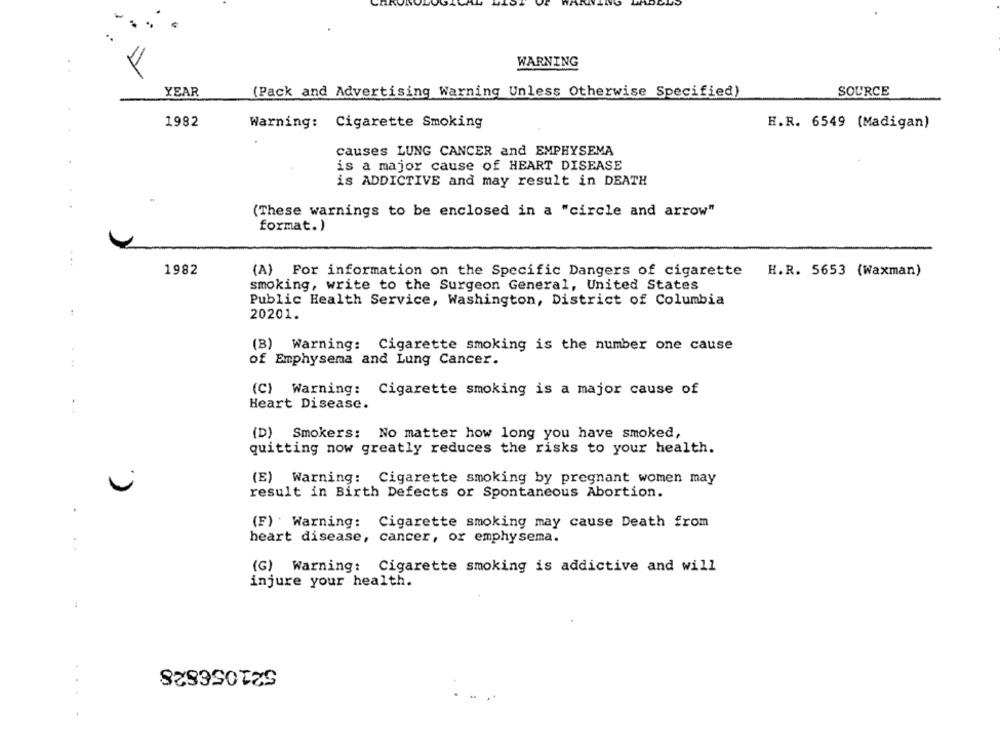
WARNING
YEAR
(Pack and Advertising Warning Unless Otherwise Specified)
SOURCE
1982
Warning: Cigarette Smoking
H.R. 6549 (Madigan)
causes LUNG CANCER and EMPHYSEMA
.
is a major cause of HEART DISEASE
is ADDICTIVE and may result in DEATH
(These warnings to be enclosed in a "circle and arrow"
format.)
1982
(A) For information on the Specific Dangers of cigarette
H.R. 5653 (Waxman)
smoking, write to the Surgeon General, United States
Public Health Service, Washington, District of Columbia
20201.
(B) Warning: Cigarette smoking is the number one cause
of Emphysema and Lung Cancer.
(C) Warning: Cigarette smoking is a major cause of
Heart Disease.
(D) Smokers: No matter how long you have smoked,
quitting now greatly reduces the risks to your health.
(E) Warning: Cigarette smoking by pregnant women may
result in Birth Defects or Spontaneous Abortion.
.
(F) Warning: Cigarette smoking may cause Death from
heart disease, cancer, or emphysema.
(G) Warning: Cigarette smoking is addictive and will
injure your health.
521056828